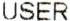
USER